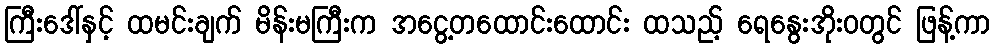
ကြီးဒေါ်နှင့် ထမင်းချက် မိန်းမကြီးက အငွေ့တထောင်းထောင်း ထသည့် ရေနွေးအိုးဝတွင် ဖြန့်ကာ